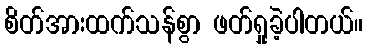
စိတ်အားထက်သန်စွာ ဖတ်ရှုခဲ့ပါတယ်။